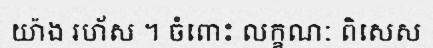
យ៉ាង រហ័ស ។ ចំពោះ លក្ខណៈ ពិសេស